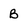
Character: B